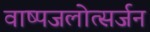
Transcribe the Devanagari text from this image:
वाष्पजलोत्सर्जन